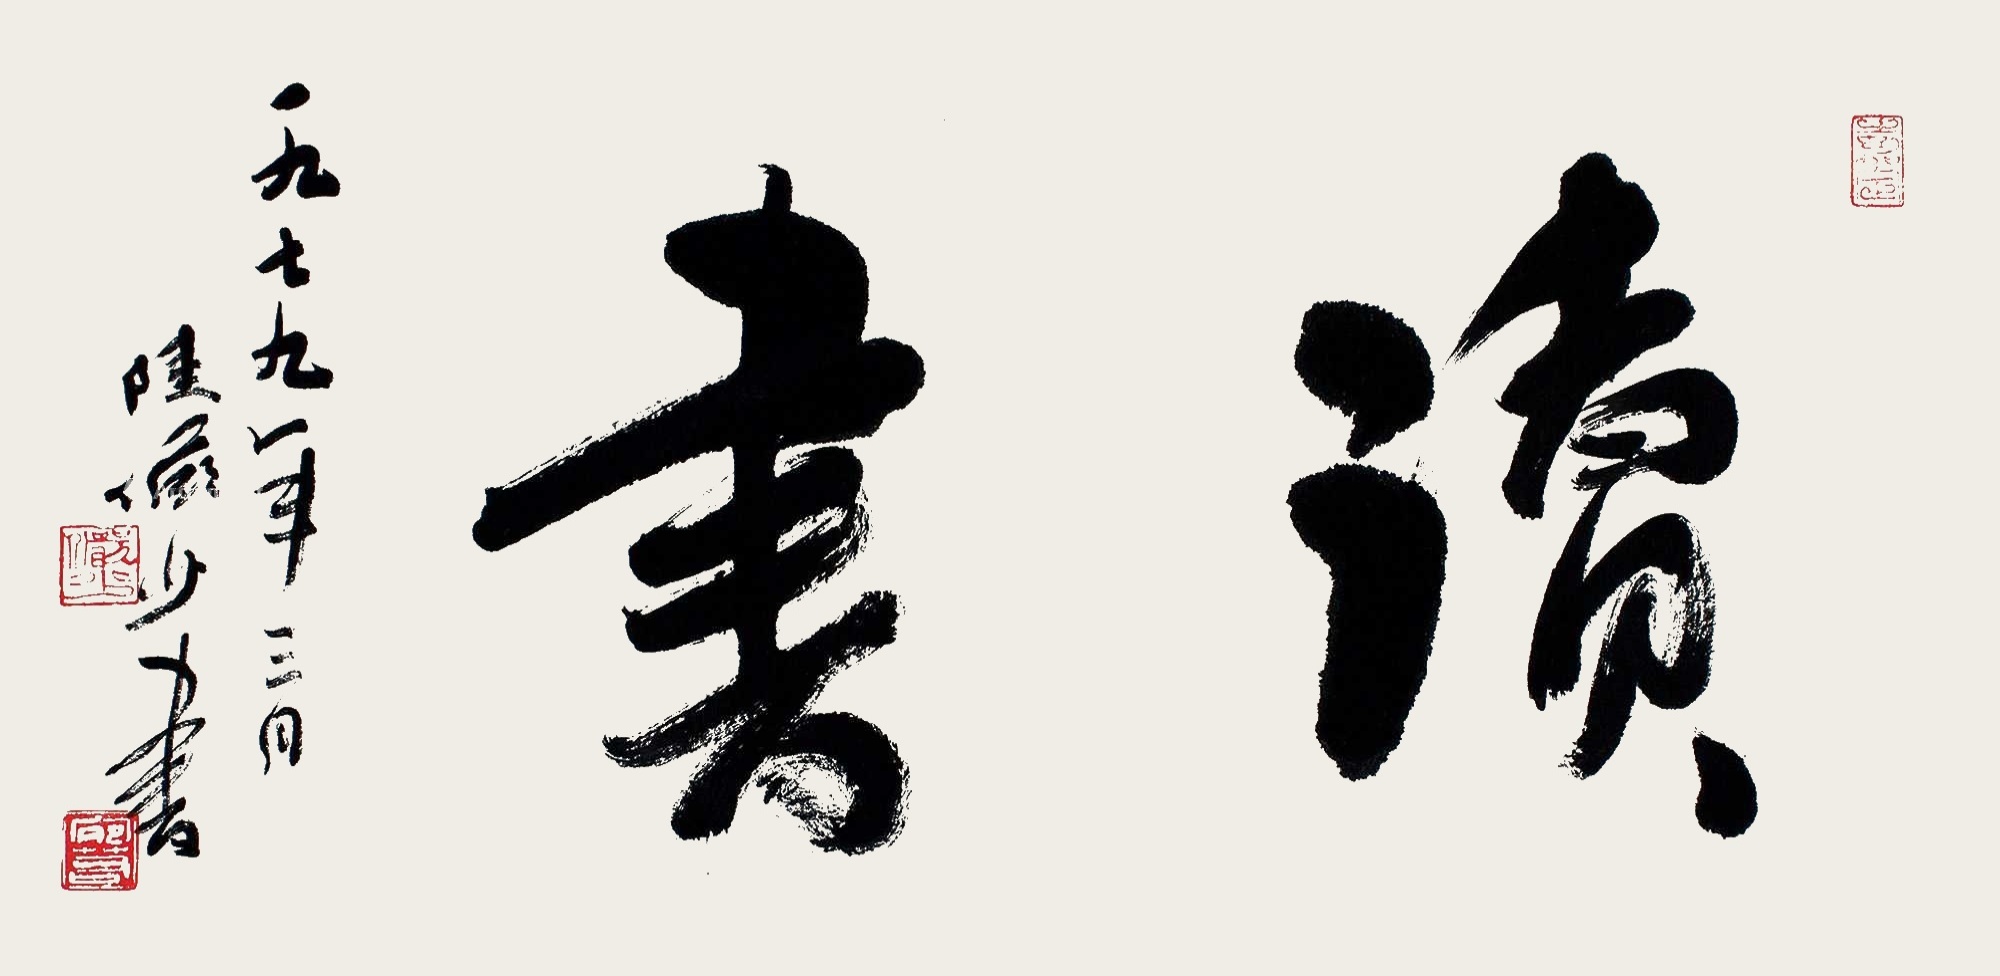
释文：读书。一九七九年三月，陆俨少书。